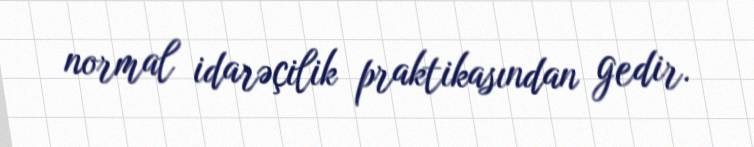
normal idarəçilik praktikasından gedir.